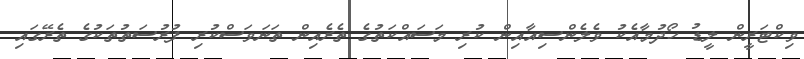
ވިކްޓަރީން ލީޑު ހޯދުމާއެކު ވެލެންސިއާއިން ކުރި މަސައްކަތުގެ ތެރެއިން ތަނަވަސްކުރި ފުރުސަތުތަކުގެ ތެރޭގައި